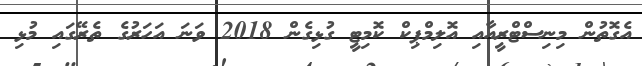
އެގޮތުން މިނިސްޓްރީއާއި އޮލިމްޕިކް ކޮމިޓީ ގުޅިގެން 2018 ވަނަ އަހަރުގެ ތެރޭގައި މުޅި